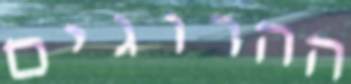
ההרוגים